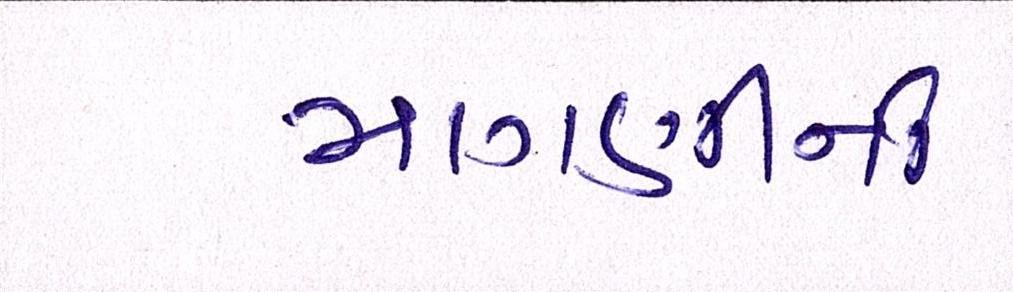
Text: માગણીની